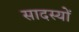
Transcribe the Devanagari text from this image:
सादस्यों